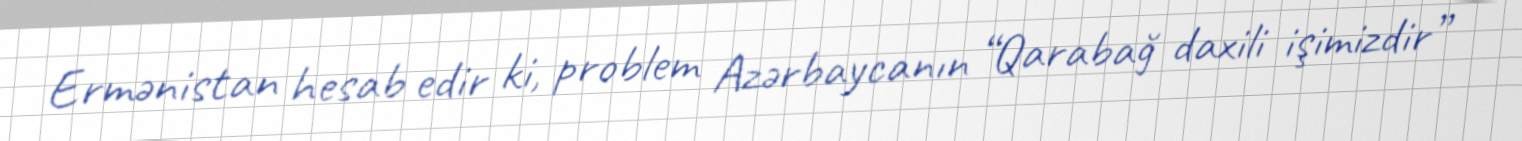
Ermənistan hesab edir ki, problem Azərbaycanın “Qarabağ daxili işimizdir”